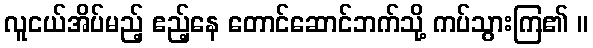
လူငယ်အိပ်မည့် ဧည့်နေ တောင်ဆောင်ဘက်သို့ ကပ်သွားကြ၏ ။